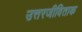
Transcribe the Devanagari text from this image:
उत्तरजीविताक